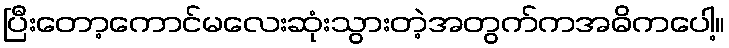
ပြီးတော့ကောင်မလေးဆုံးသွားတဲ့အတွက်ကအဓိကပေါ့။